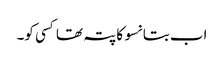
اب بتا نسو کا پتہ تھا کسی کو۔